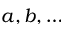
a , b , \dots